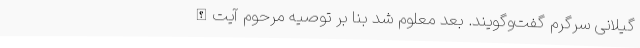
گیلانی سرگرم گفت‌وگویند. بعد معلوم شد بنا بر توصیه‌ مرحوم آیت‌الله